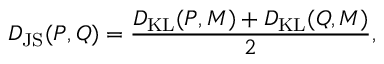
D _ { \mathrm { J S } } ( P , Q ) = \frac { D _ { \mathrm { K L } } ( P , M ) + D _ { \mathrm { K L } } ( Q , M ) } { 2 } ,